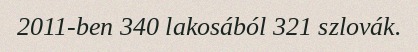
2011-ben 340 lakosából 321 szlovák.